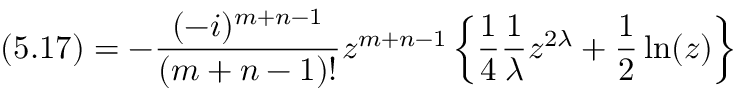
( 5 . 1 7 ) = - \frac { ( - i ) ^ { m + n - 1 } } { ( m + n - 1 ) ! } z ^ { m + n - 1 } \left\{ \frac { 1 } { 4 } \frac { 1 } { \lambda } z ^ { 2 \lambda } + \frac { 1 } { 2 } \ln ( z ) \right\}